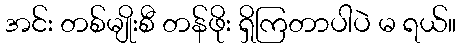
အင်း တစ်မျိုးစီ တန်ဖိုး ရှိကြတာပါပဲ မ ရယ်။